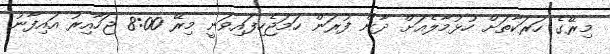
މިރޭގެ ހަރަކާތަށް ހުޅުމާލެއަށް ދާން ފުރަން ހަމަޖެހިފައިވަނީ މިރޭ 8:00 ޖަހާއިރު އައިފާނު